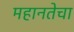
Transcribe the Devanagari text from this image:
महानतेचा